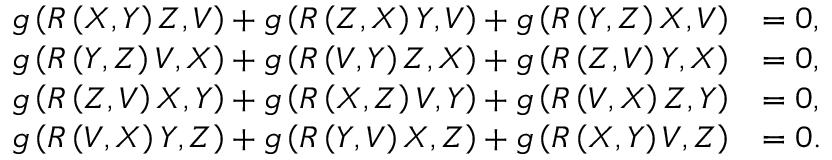
\begin{array} { r l } { g \left( R \left( X , Y \right) Z , V \right) + g \left( R \left( Z , X \right) Y , V \right) + g \left( R \left( Y , Z \right) X , V \right) } & { = 0 , } \\ { g \left( R \left( Y , Z \right) V , X \right) + g \left( R \left( V , Y \right) Z , X \right) + g \left( R \left( Z , V \right) Y , X \right) } & { = 0 , } \\ { g \left( R \left( Z , V \right) X , Y \right) + g \left( R \left( X , Z \right) V , Y \right) + g \left( R \left( V , X \right) Z , Y \right) } & { = 0 , } \\ { g \left( R \left( V , X \right) Y , Z \right) + g \left( R \left( Y , V \right) X , Z \right) + g \left( R \left( X , Y \right) V , Z \right) } & { = 0 . } \end{array}